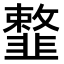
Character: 𩐎